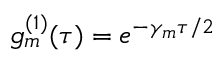
g _ { m } ^ { ( 1 ) } ( \tau ) = e ^ { - \gamma _ { m } \tau / 2 }